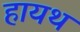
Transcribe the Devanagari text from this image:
हायथ